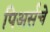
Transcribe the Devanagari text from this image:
पिअर्सचे